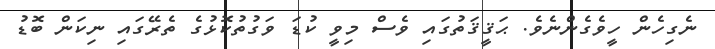
ނެގިހެން ހީވެގެންނެވެ. ޙަޤީޤަތުގައި ވެސް މިވީ ކުޑަ ވަގުތުކޮޅުގެ ތެރޭގައި ނިކަން ބޮޑު